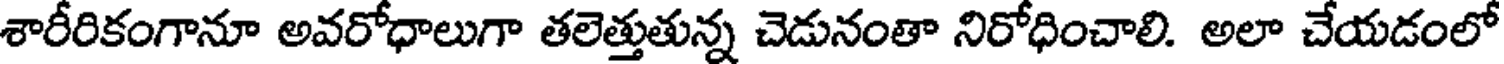
శారీరికంగానూ అవరోధాలుగా తలెత్తుతున్న చెడునంతా నిరోధించాలి. అలా చేయడంలో